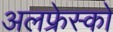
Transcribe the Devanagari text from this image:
अलफ्रेस्को